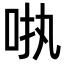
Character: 𪠺